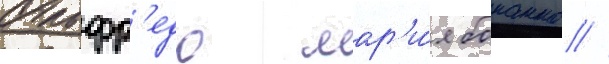
Альфр'едо мар'и́я бонанно //